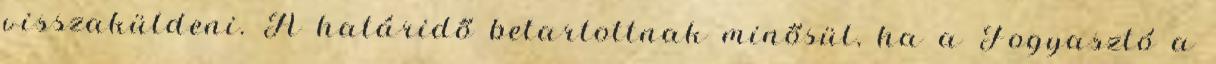
visszaküldeni. A határidő betartottnak minősül, ha a Fogyasztó a